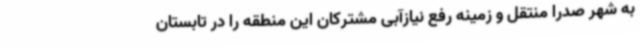
به شهر صدرا منتقل و زمینه رفع نیازآبی مشترکان این منطقه را در تابستان